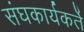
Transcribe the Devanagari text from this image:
संघकार्यकर्ते